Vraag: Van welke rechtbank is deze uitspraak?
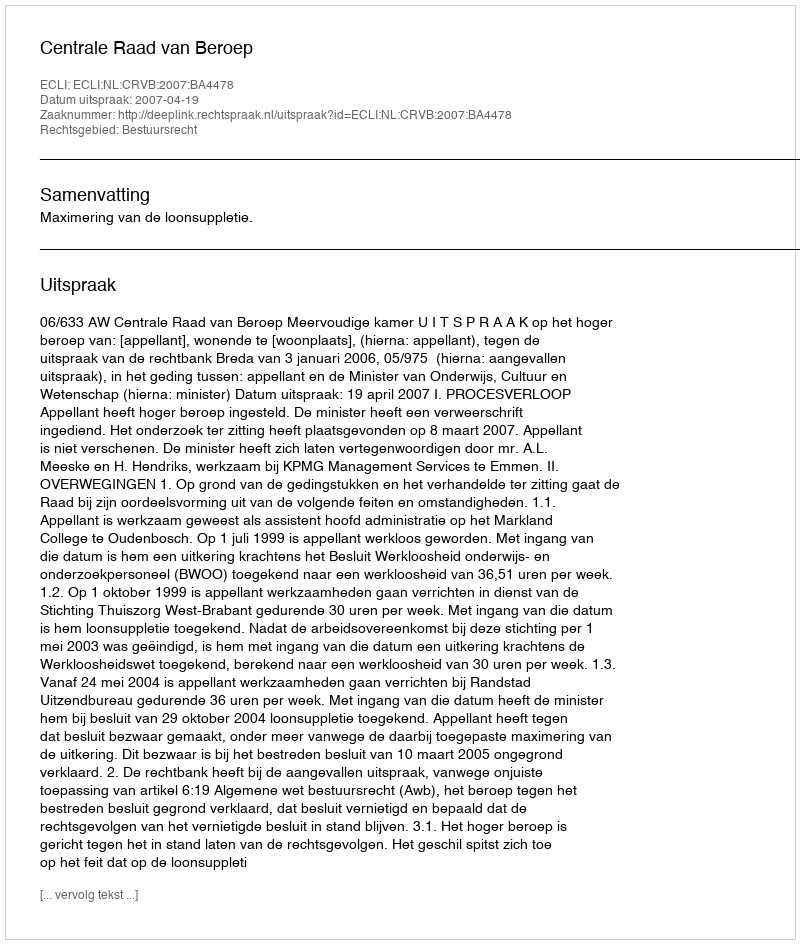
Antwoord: Centrale Raad van Beroep